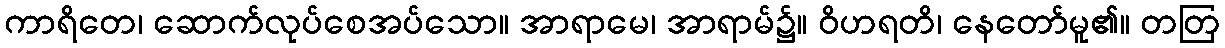
ကာရိတေ၊ ဆောက်လုပ်စေအပ်သော။ အာရာမေ၊ အာရာမ်၌။ ဝိဟရတိ၊ နေတော်မူ၏။ တတြ